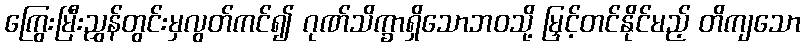
ကြွေးမြီးညွှန်တွင်းမှလွတ်ကင်၍ ဂုဏ်သိက္ခာရှိသောဘဝသို့ မြှင့်တင်နိုင်မည့် တိကျသော